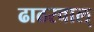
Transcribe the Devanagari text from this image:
ढाढरवाल्